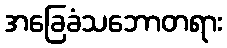
အခြေခံသဘောတရား